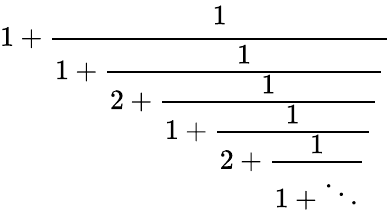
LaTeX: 1+{\cfrac{1}{1+{\cfrac{1}{2+{\cfrac{1}{1+{\cfrac{1}{2+{\cfrac{1}{1+\ddots}}}}}}}}}}